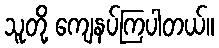
သူတို့ ကျေနပ်ကြပါတယ်။